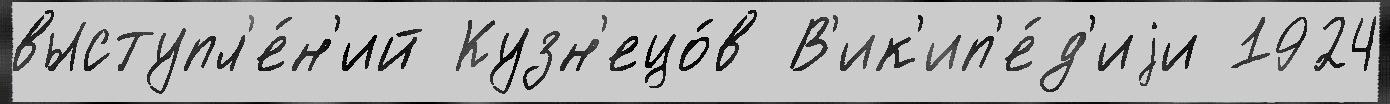
выступл'е́н'ий Кузн'ецо́в В'ик'ип'е́д'иjи 1924